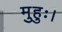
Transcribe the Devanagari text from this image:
मुहुः।